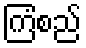
ကြံစည်